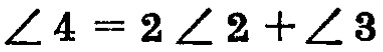
$\angle 4 = 2\angle 2+\angle 3$